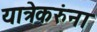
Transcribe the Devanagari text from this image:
यात्रेकरुंना